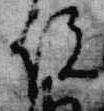
院